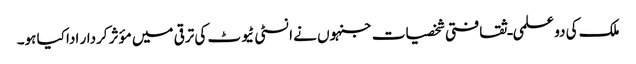
ملک کی دو علمی ـ ثقافتی شخصیات جنہوں نے انسٹی ٹیوٹ کی ترقی میں مؤثر کردار ادا کیا ہو۔